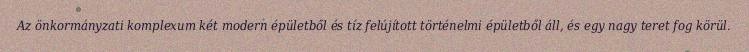
Az önkormányzati komplexum két modern épületből és tíz felújított történelmi épületből áll, és egy nagy teret fog körül.